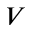
V